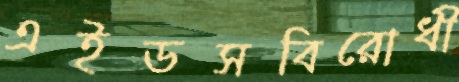
এইডসবিরোধী